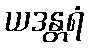
ယဒန္တရံ